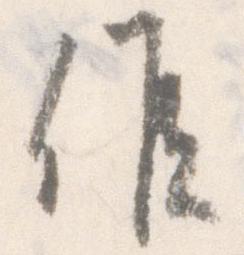
候